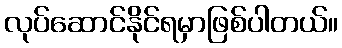
လုပ်ဆောင်နိုင်ရမှာဖြစ်ပါတယ်။